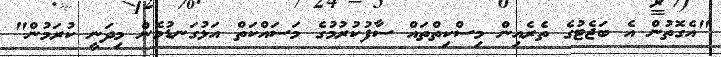
"އެގޮތުން އެ ބަޖެޓުގެ ތެރެއިން މިސްކިތްތައް ސާފުކުރުމުގެ މަސައްކަތް އަޅުގަނޑުމެން މިދަނީ ކުރަމުން"